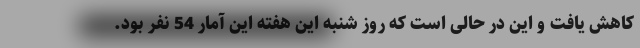
کاهش یافت و این در حالی است که روز شنبه این هفته این آمار 54 نفر بود.